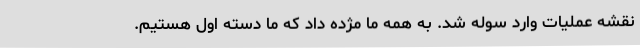
نقشه عملیات وارد سوله شد. به همه ما مژده داد که ما دسته اول هستیم.